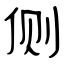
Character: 侧